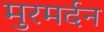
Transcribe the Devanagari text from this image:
मुरमर्दन